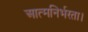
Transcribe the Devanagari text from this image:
आत्मनिर्भरता।